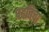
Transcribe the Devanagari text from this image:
पद्दतिचा